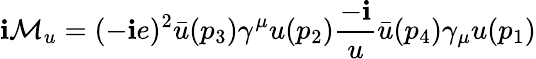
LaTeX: \mathbf{i}{\mathcal{{M}}}_{u}=(-\mathbf{i}e)^{2}{\bar{{u}}}(p_{3})\gamma^{\mu}u(p_{2}){\frac{{-\mathbf{i}}}{{u}}}{\bar{{u}}}(p_{4})\gamma_{\mu}u(p_{1})